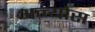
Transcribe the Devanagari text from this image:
अन्योस